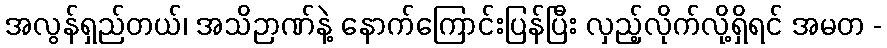
အလွန်ရှည်တယ်၊ အသိဉာဏ်နဲ့ နောက်ကြောင်းပြန်ပြီး လှည့်လိုက်လို့ရှိရင် အမတ -